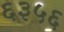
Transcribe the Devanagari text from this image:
६३५६